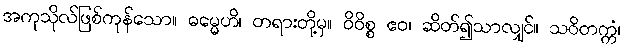
အကုသိုလ်ဖြစ်ကုန်သော။ ဓမ္မေဟိ၊ တရားတို့မှ။ ဝိဝိစ္စ ဧဝ၊ ဆိတ်၍သာလျှင်။ သဝိတက္ကံ၊